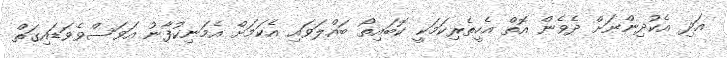
އަދި އެކުދިންނަށް ދެވެން އޮތް އެހީތެރިކަމަކީ ކޮބައިތޯ ބައްލަވައި އެކަމަށް އެމަނިކުފާނު އަވަސްވެވަޑައިގަތް